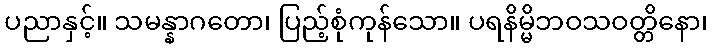
ပညာနှင့်။ သမန္နာဂတော၊ ပြည့်စုံကုန်သော။ ပရနိမ္မိဘဝသဝတ္တိနော၊